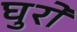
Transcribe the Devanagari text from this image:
घुरों